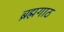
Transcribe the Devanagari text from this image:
ब्रह्मगाठ